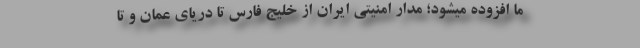
ما افزوده میشود؛ مدار امنیتی ایران از خلیج فارس تا دریای عمان و تا